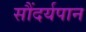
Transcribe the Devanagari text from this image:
सौंदर्यपान